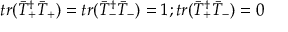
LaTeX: t r ( \bar { T } _ { + } ^ { \dagger } \bar { T } _ { + } ) = t r ( \bar { T } _ { - } ^ { \dagger } \bar { T } _ { - } ) = 1 ; t r ( \bar { T } _ { + } ^ { \dagger } \bar { T } _ { - } ) = 0